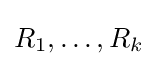
R_{1},\dots ,R_{k}